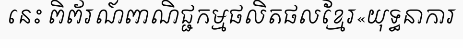
នេះ ពិព័រណ៍ពាណិជ្ជកម្មផលិតផលខ្មែរ«យុទ្ធនាការ